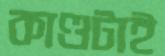
কাণ্ডটাই